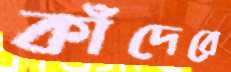
কাঁদেরে